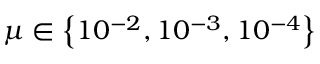
\mu \in \left\lbrace 1 0 ^ { - 2 } , 1 0 ^ { - 3 } , 1 0 ^ { - 4 } \right\rbrace